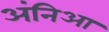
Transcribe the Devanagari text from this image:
अंनिआ